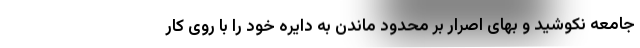
جامعه نکوشید و بهای اصرار بر محدود ماندن به دایره خود را با روی کار